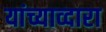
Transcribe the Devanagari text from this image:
यांच्याव्दारा